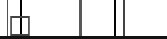
٧